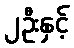
၂ဦးနှင့်